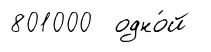
801000 одно́й